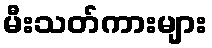
မီးသတ်ကားများ